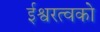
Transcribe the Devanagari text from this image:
ईश्वरत्वको